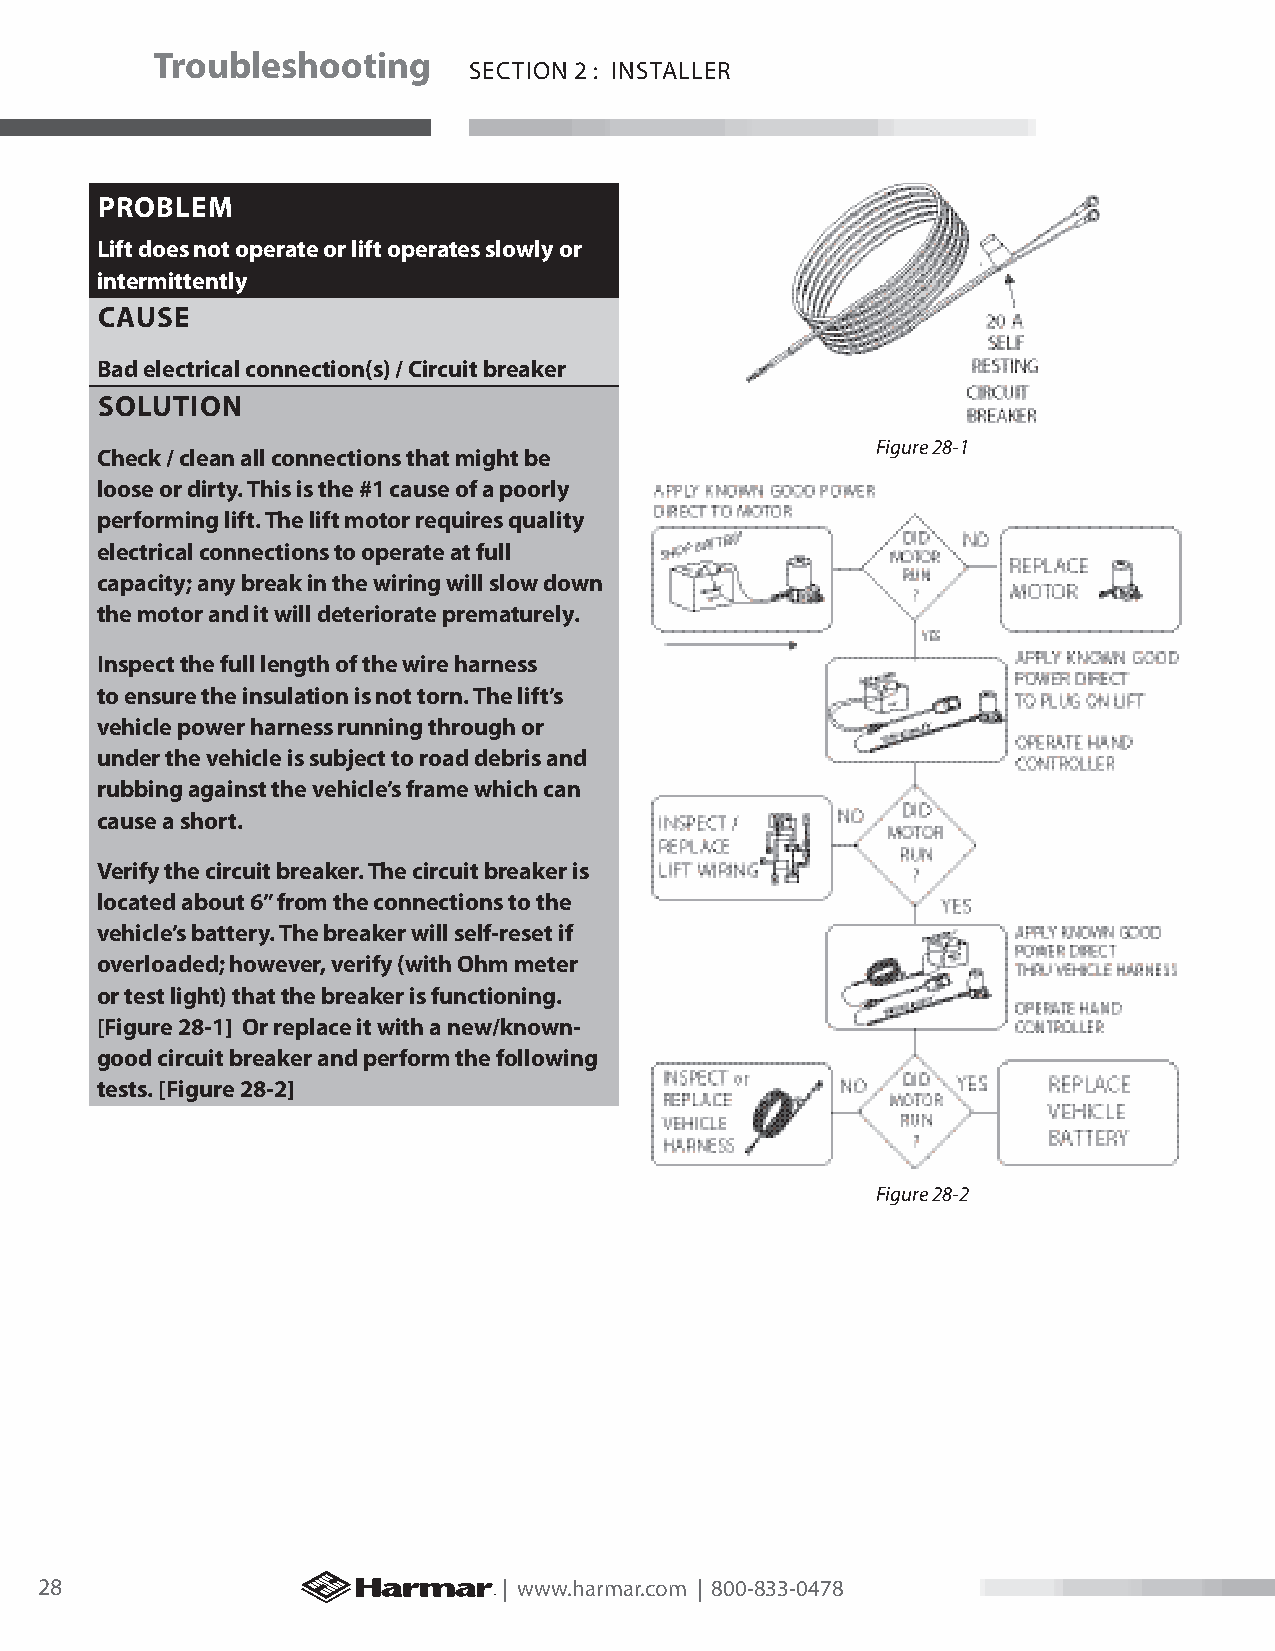
Troubleshooting
 SECTION 2 : INSTALLER
 PROBLEM
 Lift does not operate or lift operates slowly or
 intermittently
 CAUSE
 Bad electrical connection(s) / Circuit breaker
 SOLUTION
 Figure 28-1
 Check / clean all connections that might be
 loose or dirty. This is the #1 cause of a poorly
 performing lift. The lift motor requires quality
 electrical connections to operate at full
 capacity; any break in the wiring will slow down
 the motor and it will deteriorate prematurely.
 Inspect the full length of the wire harness
 to ensure the insulation is not torn. The lift’s
 vehicle power harness running through or
 under the vehicle is subject to road debris and
 rubbing against the vehicle’s frame which can
 cause a short.
 Verify the circuit breaker. The circuit breaker is
 located about 6” from the connections to the
 vehicle’s battery. The breaker will self-reset if
 overloaded; however, verify (with Ohm meter
 or test light) that the breaker is functioning.
 [Figure 28-1] Or replace it with a new/known-
 good circuit breaker and perform the following
 tests. [Figure 28-2]
 Figure 28-2
 28                             | www.harmar.com | 800-833-0478